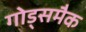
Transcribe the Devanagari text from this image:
गोड्समैक